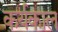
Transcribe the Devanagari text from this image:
कर्यकाल